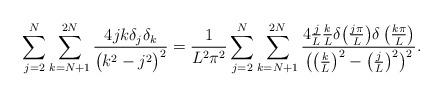
LaTeX: \begin{align*} \sum_{j=2}^N\sum_{k=N+1}^{2N} \frac{4jk\delta_j\delta_k}{\big(k^2-j^2\big)^2} = \frac 1 {L^2\pi^2} \sum_{j=2}^N\sum_{k=N+1}^{2N} \frac{4\frac j L\frac k L\delta\big(\frac{j\pi} L\big)\delta\left(\frac{k\pi} L\right)} {\big(\big(\frac k L\big)^2- \big(\frac j L\big)^2\big)^2}. \end{align*}